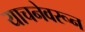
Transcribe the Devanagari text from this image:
याचनेवरून